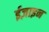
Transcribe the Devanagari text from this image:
ईज़ाइन